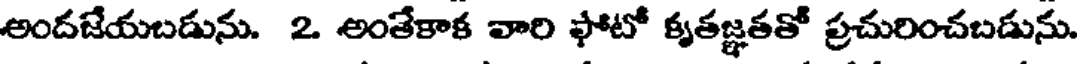
అందజేయబడును. 2 అంతేకాక వారి ఫోటో కృతజ్ఞతతో ప్రచురించబడును.